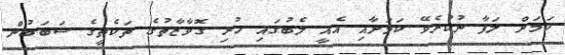
ކަމަށް ލަފާ ނުކުރެވޭ ކަމަށާއި އެއީ ލެބުގައި ހުރި ގޮވާޒާތުގެ ތަކެތީގެ ސަބަބުން